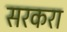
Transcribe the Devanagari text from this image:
सरकरा